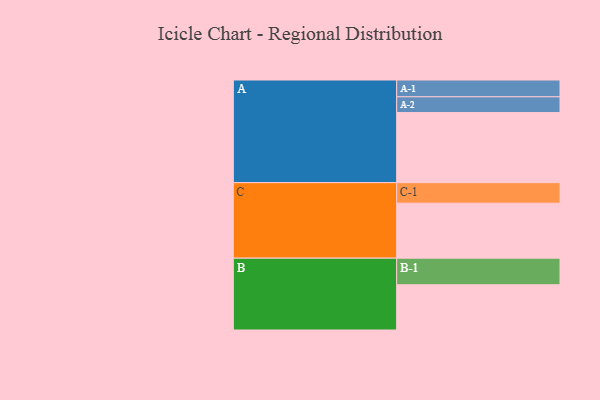
{"axis": {"x": "Segment", "y": "Value"}, "legend": ["", "A", "B", "C"], "data": [{"x": "A", "y": 530, "type": ""}, {"x": "B", "y": 342, "type": ""}, {"x": "C", "y": 416, "type": ""}, {"x": "A-1", "y": 127, "type": "A"}, {"x": "A-2", "y": 119, "type": "A"}, {"x": "B-1", "y": 201, "type": "B"}, {"x": "C-1", "y": 155, "type": "C"}]}